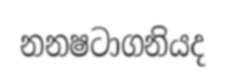
නනෂටාගනියද